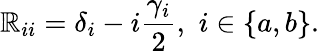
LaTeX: \mathbb{R}_{ii}=\delta_{i}-i\frac{{\gamma_{i}}}{{2}},\, \, i\in\{ a,b\} .